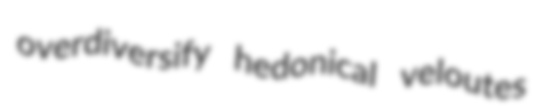
overdiversify hedonical veloutes